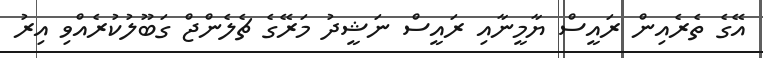
އޭގެ ތެރެއިން ރައީސް ޔާމީނާއި ރައީސް ނަޝީދު މަރޭގެ ޗެލެންޖް ގަބޫލުކުރެއްވި އިރު